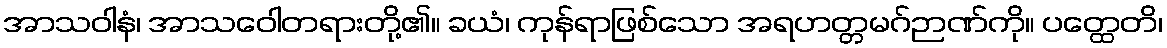
အာသဝါနံ၊ အာသဝေါတရားတို့၏။ ခယံ၊ ကုန်ရာဖြစ်သော အရဟတ္တမဂ်ဉာဏ်ကို။ ပတ္ထေတိ၊